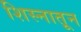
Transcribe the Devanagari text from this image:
शिस्नातून